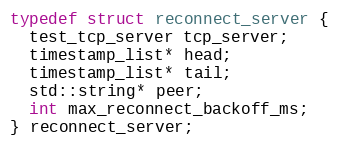
Language: C
typedef struct reconnect_server {
  test_tcp_server tcp_server;
  timestamp_list* head;
  timestamp_list* tail;
  std::string* peer;
  int max_reconnect_backoff_ms;
} reconnect_server;